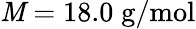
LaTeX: \mathit{M}=18.0\; \mathrm{{g/mol}}